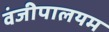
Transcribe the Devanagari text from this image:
वंजीपालयम